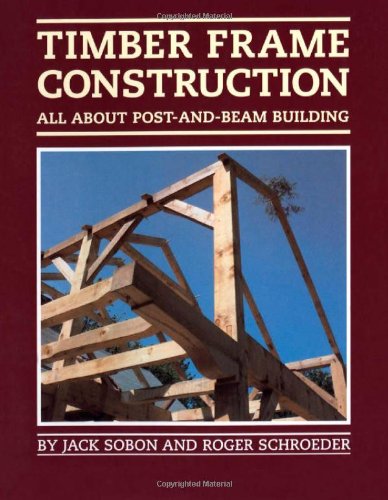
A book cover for Timber Frame Construction: All About Post-and-Beam Building; Jack A. Sobon; Engineering & Transportation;